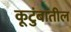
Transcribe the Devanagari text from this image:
कूटुंबातील